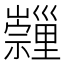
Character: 𡿂